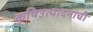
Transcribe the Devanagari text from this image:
कृषिउत्पादनांची